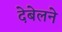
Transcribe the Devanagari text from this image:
देबेलने